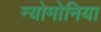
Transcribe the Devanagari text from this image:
न्योमोनिया